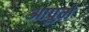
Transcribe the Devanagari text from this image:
आपुमे